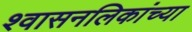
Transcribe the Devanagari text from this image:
श्वासनलिकांच्या